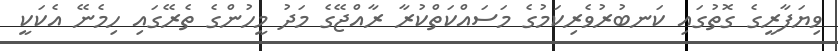
ވިޔަފާރީގެ ގޮތުގައި ކަނބުރުވެރިކަމުގެ މަސައްކަތްކުރާ ރާއްޖޭގެ މަދު މީހުންގެ ތެރޭގައި ހިމެނޭ އެކަކީ